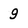
Character: 9